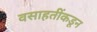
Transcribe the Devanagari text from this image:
वसाहतींकडून